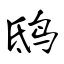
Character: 鸱